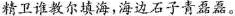
精卫谁教尔填海，海边石子青磊磊。